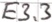
Text: E3.3